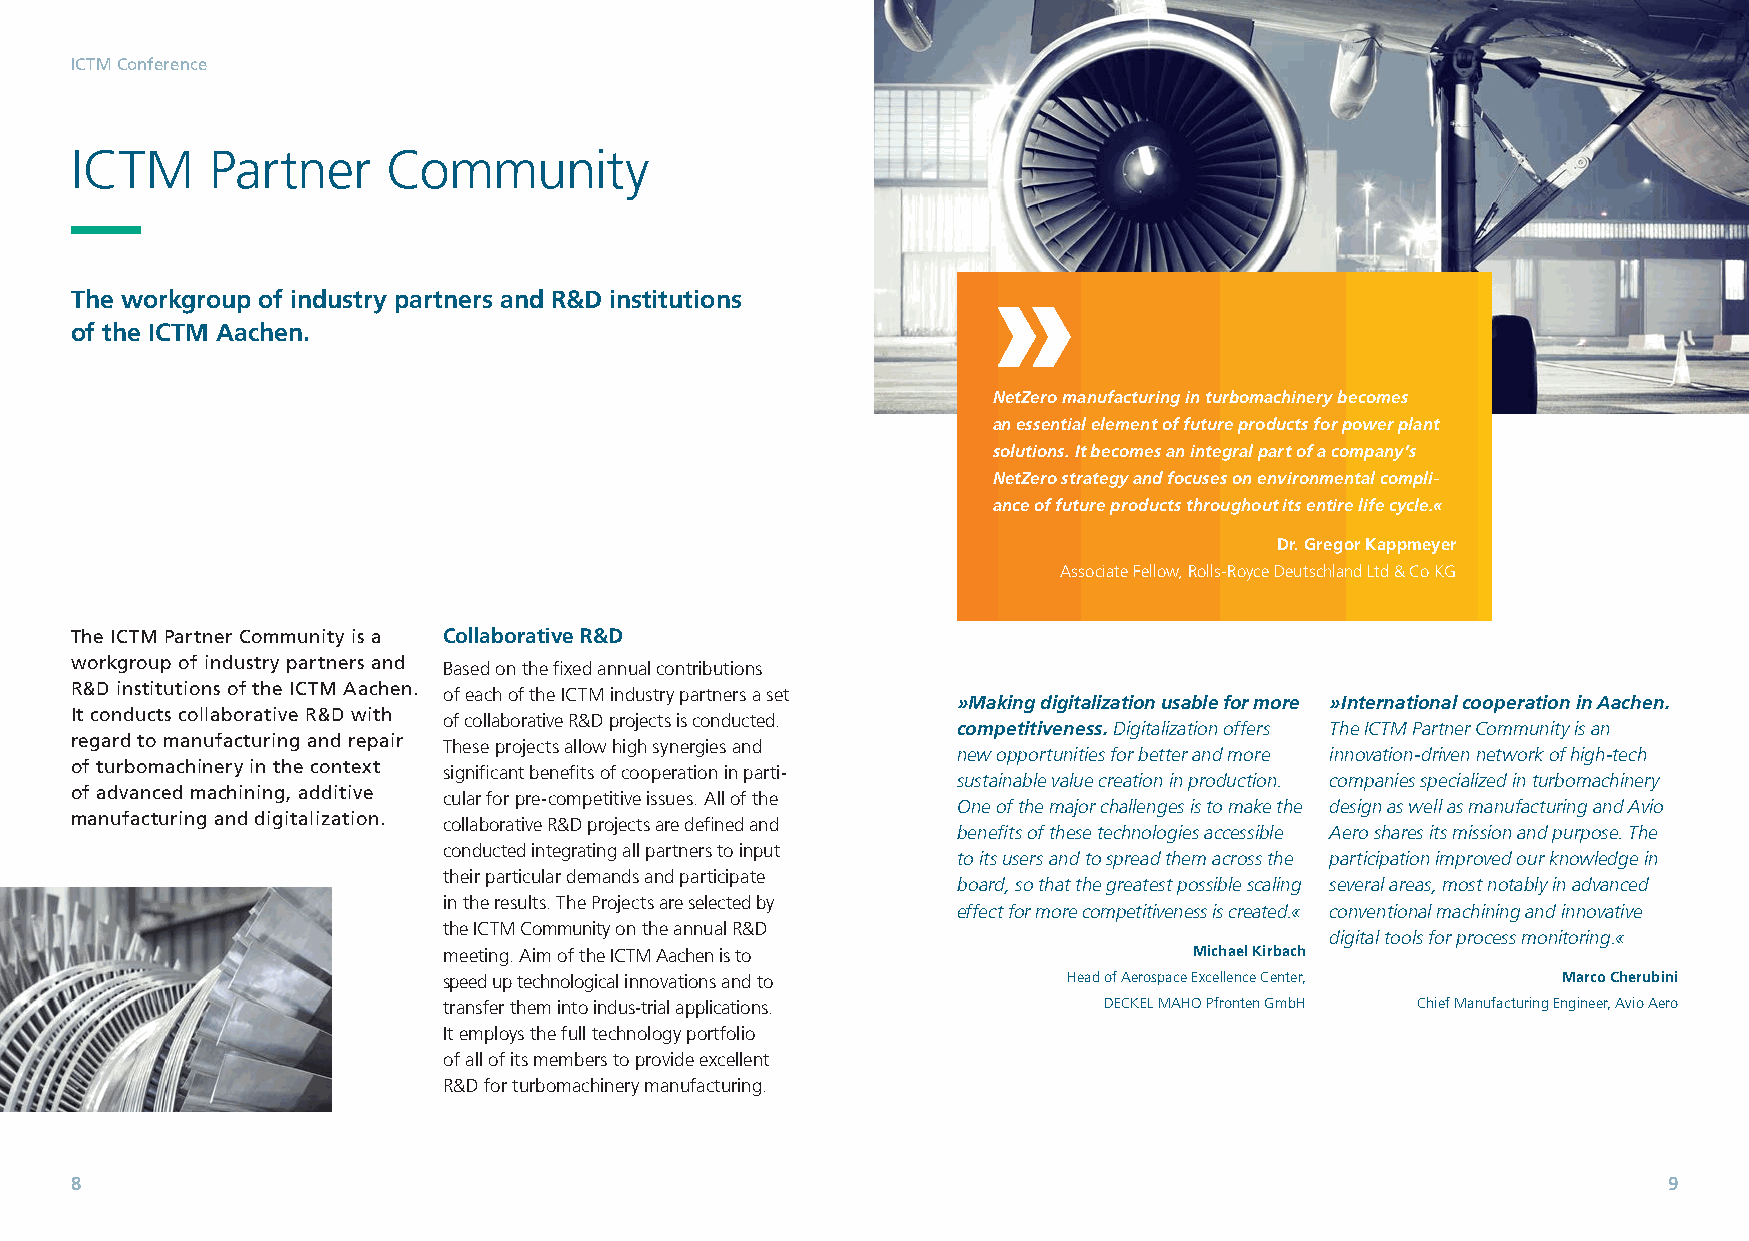
ICTM Conference
 ICTM     Partner     Community
 »
 The workgroup of industry partners and R&D institutions
 of the ICTM Aachen.
 NetZero manufacturing in turbomachinery becomes
 an essential element of future products for power plant
 solutions. It becomes an integral part of a company’s
 NetZero strategy and focuses on environmental compli-
 ance of future products throughout its entire life cycle.«
 Dr. Gregor Kappmeyer
 Associate Fellow, Rolls-Royce Deutschland Ltd & Co KG
 The ICTM Partner Community is a Collaborative R&D
 workgroup of industry partners and Based on the fixed annual contributions
 R&D institutions of the ICTM Aachen. of each of the ICTM industry partners a set
 »Making digitalization usable for more »International cooperation in Aachen.
 It conducts collaborative R&D with of collaborative R&D projects is conducted.
 competitiveness.Digitalization offers The ICTM Partner Community is an
 regard to manufacturing and repair These projects allow high synergies and
 new opportunities for better and more innovation-driven network of high-tech
 of turbomachinery in the context significant benefits of cooperation in parti-
 sustainable value creation in production. companies specialized in turbomachinery
 of advanced machining, additive cular for pre-competitive issues. All of the
 One of the major challenges is to make the design as well as manufacturing and Avio
 manufacturing and digitalization. collaborative R&D projects are defined and
 benefits of these technologies accessible Aero shares its mission and purpose. The
 conducted integrating all partners to input
 to its users and to spread them across the participation improved our knowledge in
 their particular demands and participate
 board, so that the greatest possible scaling several areas, most notably in advanced
 in the results. The Projects are selected by
 effect for more competitiveness is created.« conventional machining and innovative
 the ICTM Community on the annual R&D
 digital tools for process monitoring.«
 meeting. Aim of the ICTM Aachen is to             Michael Kirbach
 speed up technological innovations and to Head of Aerospace Excellence Center, Marco Cherubini
 transfer them into indus-trial applications. DECKEL MAHO Pfronten GmbH Chief Manufacturing Engineer, Avio Aero
 It employs the full technology portfolio
 of all of its members to provide excellent
 R&D for turbomachinery manufacturing.
 8                                                                                                        9